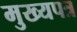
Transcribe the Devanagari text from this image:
मुख्यपत्र